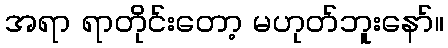
အရာ ရာတိုင်းတော့ မဟုတ်ဘူးနော်။